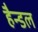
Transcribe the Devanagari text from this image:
हैन्डल